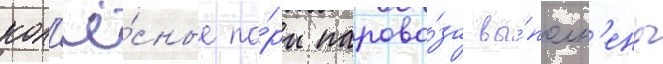
кол'ё́сные па́ры парово́за вы́полн'ены